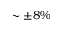
\sim \pm 8 \%